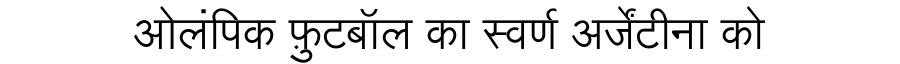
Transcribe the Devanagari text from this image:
ओलंपिक फ़ुटबॉल का स्वर्ण अर्जेंटीना को